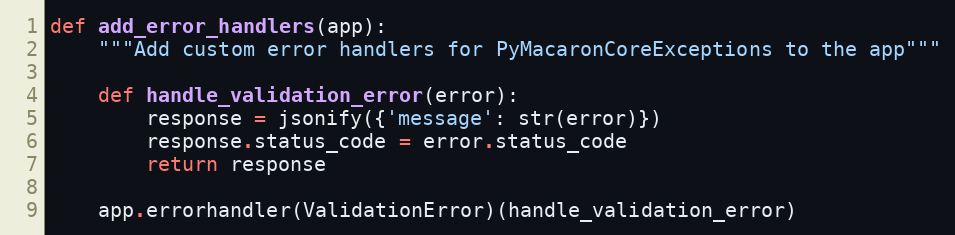
Language: Python
def add_error_handlers(app):
    """Add custom error handlers for PyMacaronCoreExceptions to the app"""

    def handle_validation_error(error):
        response = jsonify({'message': str(error)})
        response.status_code = error.status_code
        return response

    app.errorhandler(ValidationError)(handle_validation_error)